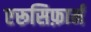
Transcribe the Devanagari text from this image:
एरूसिफ़ार्म